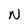
Character: N